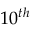
1 0 ^ { t h }